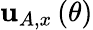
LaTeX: \mathbf{u}_{A,x}\left(\theta\right)